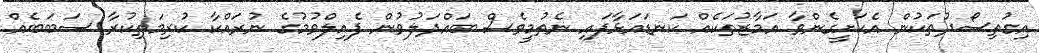
އިގުތިސޯދުތަކުން އެކަށީގެންވާ އަމާޒުތަކެއް ކަނޑައަޅާފައި ނެތުމީވެސް ބައްދަލުވުން ފެއިލްވުމުގެ ނުރައްކާ ކުރިމަތިކުރާ ސަބަބެއް